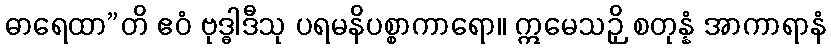
ဓာရေထာ”တိ ဧဝံ ဗုဒ္ဓါဒီသု ပရမနိပစ္စာကာရော။ ဣမေသဉှိ စတုန္နံ အာကာရာနံ